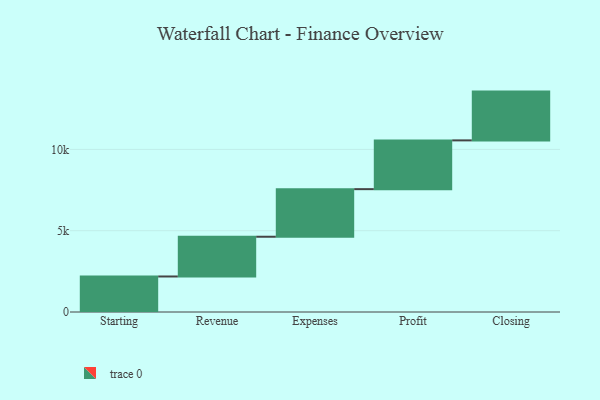
{"axis": {"x": "Step", "y": "Value"}, "legend": [""], "data": [{"x": "Starting", "y": 2185.0, "type": ""}, {"x": "Revenue", "y": 2444.0, "type": ""}, {"x": "Expenses", "y": 2927.0, "type": ""}, {"x": "Profit", "y": 3000, "type": ""}, {"x": "Closing", "y": 3000, "type": ""}]}